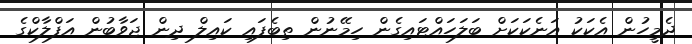
ދެމީހުން އެކަކު އަނެކަކަށް ބަލަހައްޓައިގެން ހިމޭނުން ތިބެފައި ކައިލް ދިން ޖަވާބުން އަފްލާކްގެ